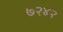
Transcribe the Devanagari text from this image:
७२४२